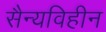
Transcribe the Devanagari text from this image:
सैन्यविहीन